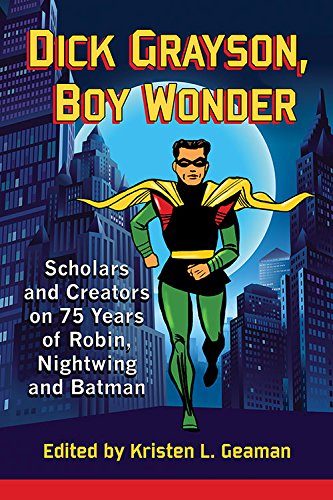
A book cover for Dick Grayson, Boy Wonder: Scholars and Creators on 75 Years of Robin, Nightwing and Batman; Kristen L. Geaman; Comics & Graphic Novels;